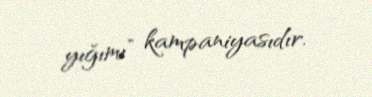
yığımı” kampaniyasıdır.